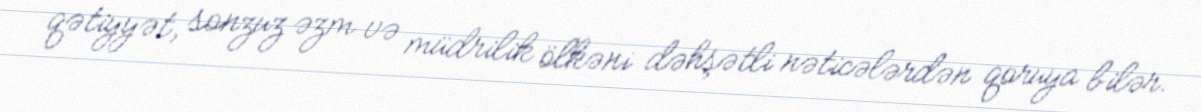
qətiyyət, sonzuz əzm və müdrilik ölkəni dəhşətli nəticələrdən qoruya bilər.